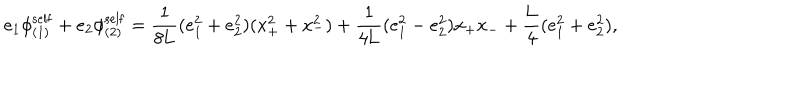
LaTeX: e _ { 1 } { \phi } _ { ( 1 ) } ^ { \mathrm { s e l f } } + e _ { 2 } { \phi } _ { ( 2 ) } ^ { \mathrm { s e l f } } = \frac { 1 } { 8 \mathrm { L } } ( e _ { 1 } ^ { 2 } + e _ { 2 } ^ { 2 } ) ( x _ { + } ^ { 2 } + x _ { - } ^ { 2 } ) + \frac { 1 } { 4 \mathrm { L } } ( e _ { 1 } ^ { 2 } - e _ { 2 } ^ { 2 } ) x _ { + } x _ { - } + \frac { \mathrm { L } } { 4 } ( e _ { 1 } ^ { 2 } + e _ { 2 } ^ { 2 } ) ,